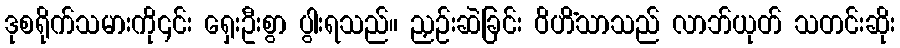
ဒုစရိုက်သမားကို၎င်း ရှေးဦးစွာ ပွါးရသည်။ ညှဉ်းဆဲခြင်း ဝိဟိံသာသည် လာဘ်ယုတ် သတင်းဆိုး